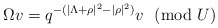
\begin{align*}\Omega v=q^{-(|\Lambda+\rho|^2-|\rho|^2)}v~~({\rm mod}~U)\end{align*}